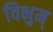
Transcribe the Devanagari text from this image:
विभुम्